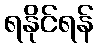
ရနိုင်ရန်